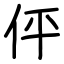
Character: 伻